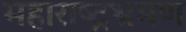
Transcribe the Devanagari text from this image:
महाराष्ट्रभ्रमण